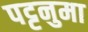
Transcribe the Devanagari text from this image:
पट्टनुमा